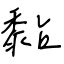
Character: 黏